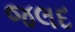
જલદ